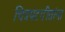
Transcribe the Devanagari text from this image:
चित्रपटगीतांना